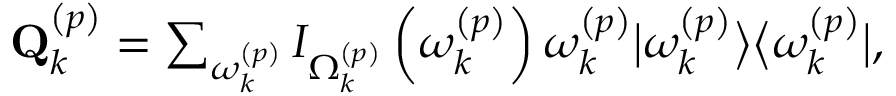
\begin{array} { r } { \mathbf { Q } _ { k } ^ { \left( p \right) } = \sum _ { \omega _ { k } ^ { \left( p \right) } } I _ { \Omega _ { k } ^ { \left( p \right) } } \left( \omega _ { k } ^ { \left( p \right) } \right) \omega _ { k } ^ { \left( p \right) } \big \vert \omega _ { k } ^ { \left( p \right) } \big \rangle \big \langle \omega _ { k } ^ { \left( p \right) } \big \vert , } \end{array}